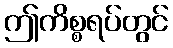
ဤကိစ္စရပ်တွင်